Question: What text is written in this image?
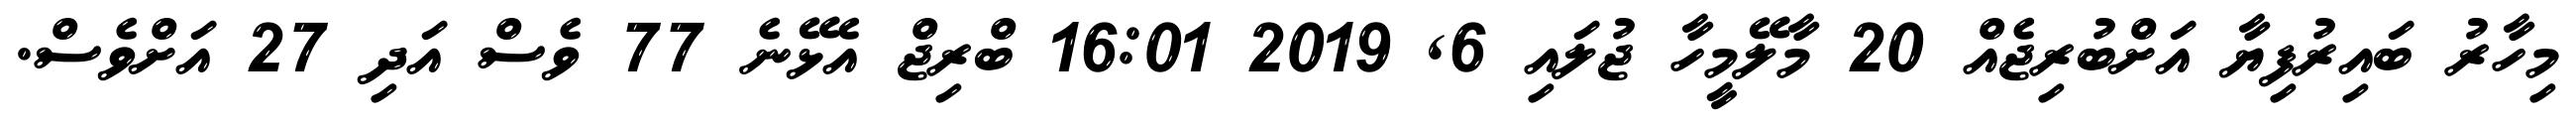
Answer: މިހާރު ބައިރުފިޔާ އަށްބުރިޖެއް 20 މާލޭމީހާ ޖުލައި 6, 2019 16:01 ބްރިޖް އެޅޭނެ 77 ވެސް އަދި 27 އަށްވެސް.